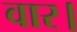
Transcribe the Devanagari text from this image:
वार।